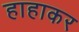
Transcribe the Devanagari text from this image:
हाहाकर